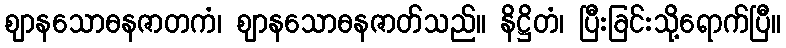
ဈာနသောဓနဇာတကံ၊ ဈာနသောဓနဇာတ်သည်။ နိဋ္ဌိတံ၊ ပြီးခြင်းသို့ရောက်ပြီ။